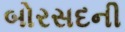
બોરસદની